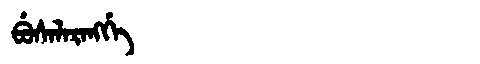
Manchu: ᠪᡠᠰᠠᠯᠠᡵᠠᠩᡤᡝ
Romanization: BUSALARANGGE